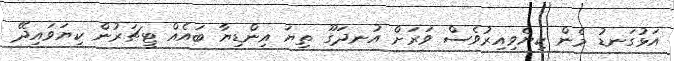
އަޅުގަނޑު މެން ކިޔެވިއިރުވެސް ވަރަށް އުނދަގޫ ތިޔަ އިންޑިޔާ ބައެއް ޓީޗަރުން ކިޔަވައިދޭ